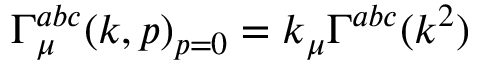
\Gamma _ { \mu } ^ { a b c } ( k , p ) _ { p = 0 } = k _ { \mu } \Gamma ^ { a b c } ( k ^ { 2 } )